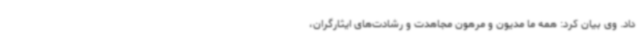
داد. وی بیان کرد: همه ما مدیون و مرهون مجاهدت و رشادت‌های ایثارگران،